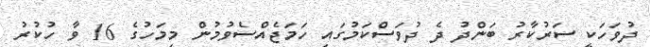
ދުވަހަކީ ސަރުކާރު ބަންދު ދެ ދުވަސްކަމުގައި ހަމަޖެއްސެވުމުން މިމަހުގެ 16 ވާ ހުކުރު